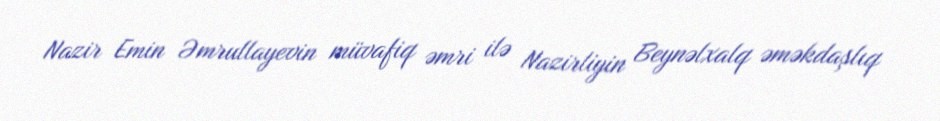
Nazir Emin Əmrullayevin müvafiq əmri ilə Nazirliyin Beynəlxalq əməkdaşlıq